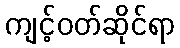
ကျင့်ဝတ်ဆိုင်ရာ